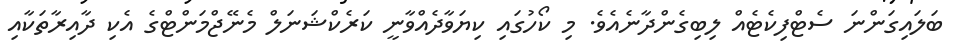
ބަލައިގަންނަ ސެޓްފިކެޓެއް ލިބިގެންދާނެއެވެ. މި ކޯހުގައި ކިޔަވާދެއްވާނީ ކަރެކްޝަނަލް މެނޭޖްމަންޓްގެ އެކި ދާއިރާތަކާއި